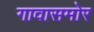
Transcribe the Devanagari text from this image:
गावासमोर